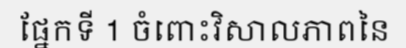
ផ្នែកទី 1 ចំពោះវិសាលភាពនៃ